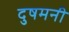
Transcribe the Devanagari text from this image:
दुषमनी